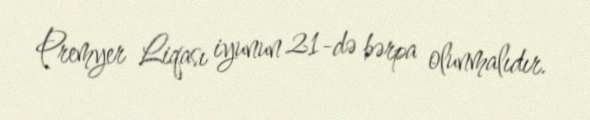
Premyer Liqası iyunun 21-də bərpa olunmalıdır.